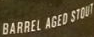
BARREL AGED STOUT